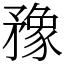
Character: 䂊